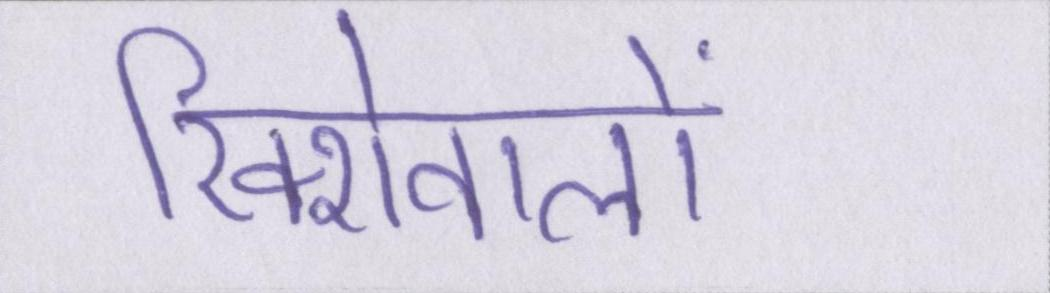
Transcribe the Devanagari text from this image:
रिक्शेवालों